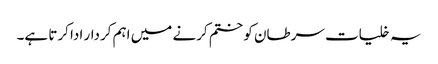
یہ خلیات سرطان کو ختم کرنے میں اہم کردار ادا کرتا ہے۔